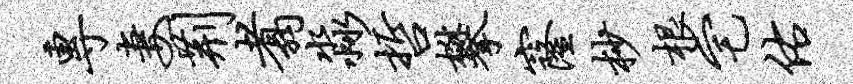
专妻荆翥淼哲攀窿杪根宅佑